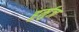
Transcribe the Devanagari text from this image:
हुर्मुज